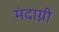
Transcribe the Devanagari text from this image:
मंदाग्नी